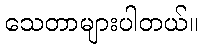
သေတာများပါတယ်။